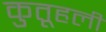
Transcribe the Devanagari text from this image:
कुतूहली